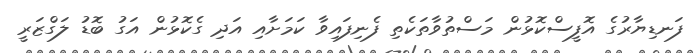
ފަނޑިޔާރުގެ އޮފީސްކޮޅުން މަސްތުވާތަކެތި ފެނިފައިވާ ކަމަށާއި އަދި ގެކޮޅުން އަގު ބޮޑު ލަގްޒަރީ